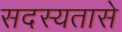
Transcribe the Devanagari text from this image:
सदस्यतासे